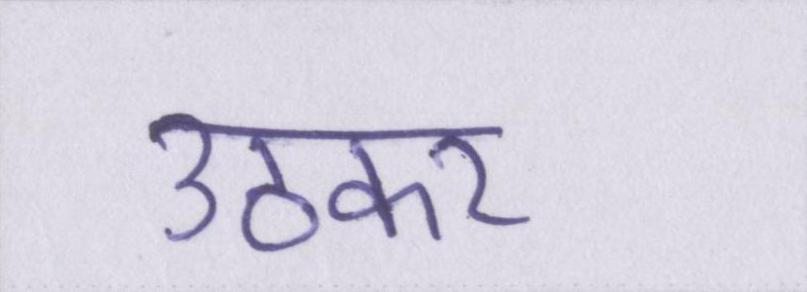
उठकर